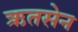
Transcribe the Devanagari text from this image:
ऋतसेन